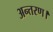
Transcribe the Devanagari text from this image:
अन्तरण।